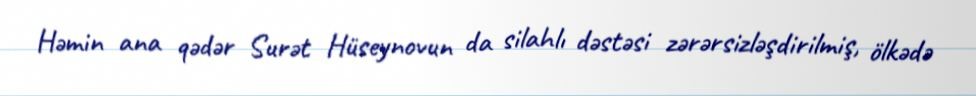
Həmin ana qədər Surət Hüseynovun da silahlı dəstəsi zərərsizləşdirilmiş, ölkədə